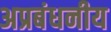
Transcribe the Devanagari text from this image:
अप्रबंधनीय